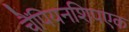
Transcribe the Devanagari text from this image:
चैंपियनशिपएक